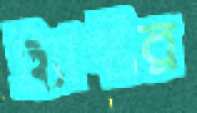
ট্র্যাক্টর